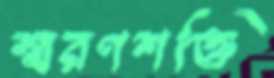
স্মরণশক্তি